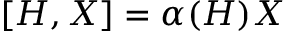
[ H , X ] = \alpha ( H ) X